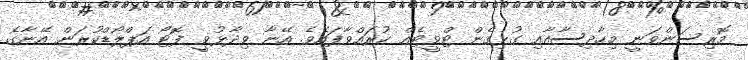
މޮރިސަންވަނީ މިހާދިސާއާއި ގުޅިގެން ޓްވީޓެއް ކުރައްވާފައެވެ. އޭނާ ވިދާޅުވީ ފޮޓޯ އަޕްލޯޑްކުރަން އޭނާގެ